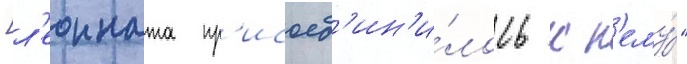
[л'еонната пр'исоед'ин'и́лось к н'ему́"